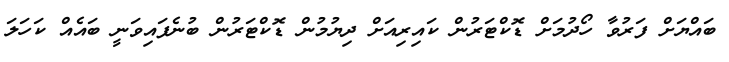
ބައްޔަށް ފަރުވާ ހޯދުމަށް ޑޮކްޓަރުން ކައިރިއަށް ދިޔުމުން ޑޮކްޓަރުން ބުނެފައިވަނީ ބައެއް ކަހަލަ